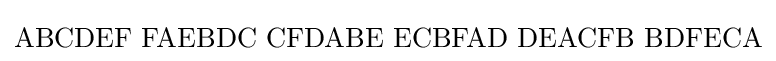
\mathrm {ABCDEF\,\,FAEBDC\,\,CFDABE\,\,ECBFAD\,\,DEACFB\,\,BDFECA}